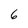
Character: 6